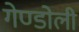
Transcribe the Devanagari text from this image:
गेण्डोली